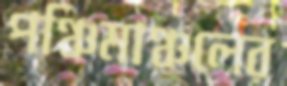
পঞ্চিমাঞ্চলের